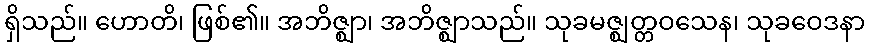
ရှိသည်။ ဟောတိ၊ ဖြစ်၏။ အဘိဇ္ဈာ၊ အဘိဇ္ဈာသည်။ သုခမဇ္ဈတ္တဝသေန၊ သုခဝေဒနာ